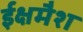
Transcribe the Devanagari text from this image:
ईक्षमैश